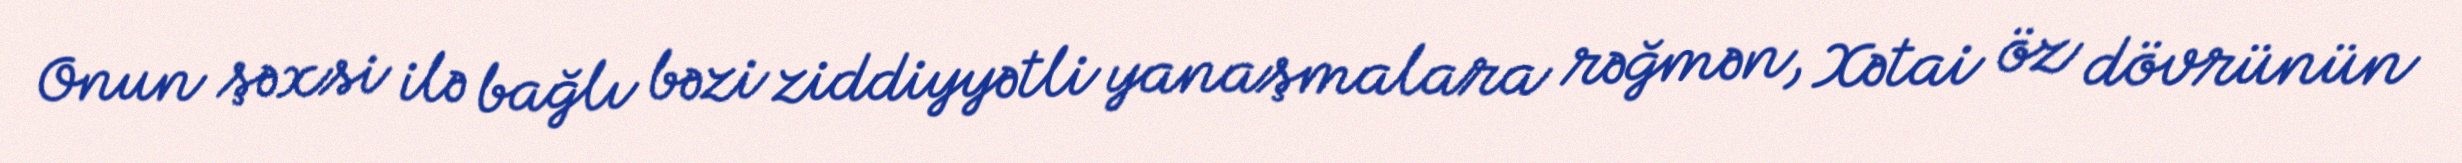
Onun şəxsi ilə bağlı bəzi ziddiyyətli yanaşmalara rəğmən, Xətai öz dövrünün